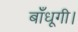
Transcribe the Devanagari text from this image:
बाँधूगी।